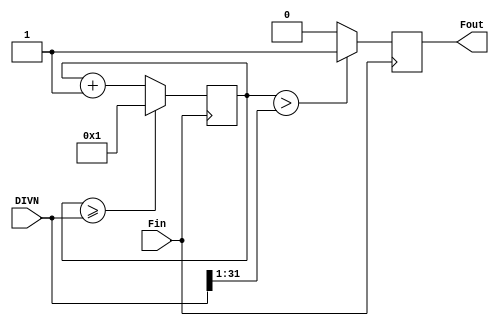
module Fdiv(Fin,DIVN,Fout);
input Fin;
input [31:0]DIVN;
output Fout;
wire [31:0]_DIVN;
reg [31:0]counts;
reg Fout;
wire _Fout;
assign _DIVN={1'b0,DIVN[31:1]};
always @(posedge Fin)
if (counts >= DIVN)	
counts<=32'd1;
else 
counts<=counts+1;
assign _Fout=(counts>_DIVN)?1'b1:1'b0;
always @(negedge Fin)
	Fout<=_Fout;
endmodule